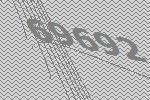
69692